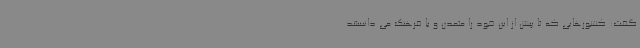
گفت: کشورهایی که تا پیش از این خود را متمدن و با فرهنگ می دانستند